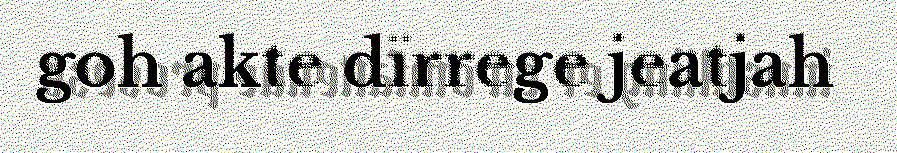
goh akte dïrrege jeatjah